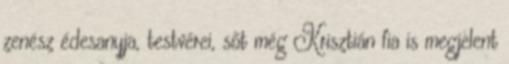
zenész édesanyja, testvérei, sőt még Krisztián fia is megjelent